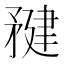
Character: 𥍹